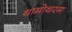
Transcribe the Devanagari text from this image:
थामोथरम